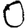
Digit: 0